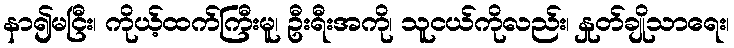
နာ၍မငြီး၊ ကိုယ့်ထက်ကြီးမူ၊ ဦးရီးအကို၊ သူငယ်ကိုလည်း၊ နှုတ်ချိုသာရေး၊